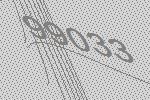
99033